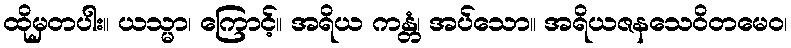
ထိုမှတပါး။ ယသ္မာ၊ ကြောင့်။ အရိယ ကန္တံ၊ အပ်သော။ အရိယဇနသေဝိတမေဝ၊